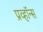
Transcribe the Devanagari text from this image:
प्रव्हॉन्स